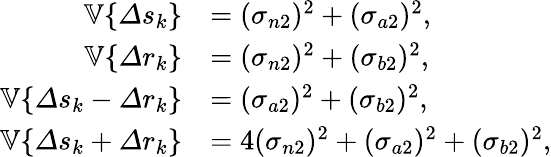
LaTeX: \begin{array}{rl}{\mathbb{V}\{ \varDelta s_{k}\} }&{=(\sigma_{n2})^{2}+(\sigma_{a2})^{2},}\\ {\mathbb{V}\{ \varDelta r_{k}\} }&{=(\sigma_{n2})^{2}+(\sigma_{b2})^{2},}\\ {\mathbb{V}\{ \varDelta s_{k}-\varDelta r_{k}\} }&{=(\sigma_{a2})^{2}+(\sigma_{b2})^{2},}\\ {\mathbb{V}\{ \varDelta s_{k}+\varDelta r_{k}\} }&{=4(\sigma_{n2})^{2}+(\sigma_{a2})^{2}+(\sigma_{b2})^{2},}\end{array}